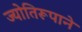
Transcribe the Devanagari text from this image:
ज्योतिरूपाने